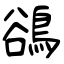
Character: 鵒